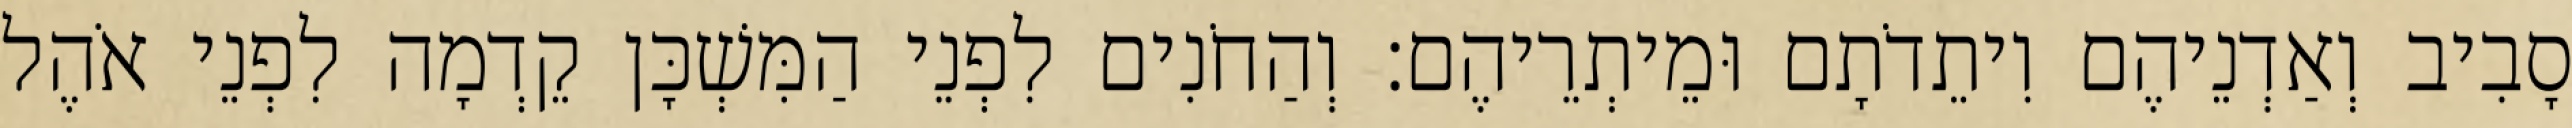
סָבִיב וְאַדְנֵיהֶם וִיתֵדֹתָם וּמֵיתְרֵיהֶם׃ וְהַחֹנִים לִפְנֵי הַמִּשְׁכָּן קֵדְמָה לִפְנֵי אֹהֶל